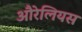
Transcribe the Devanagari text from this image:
औरेलियस